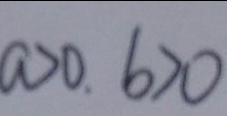
a > 0 , b > 0